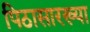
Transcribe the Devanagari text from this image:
पिठासारख्या